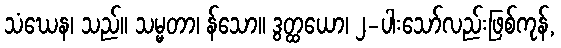
သံဃေန၊ သည်။ သမ္မတာ၊ န်သော။ ဒွတ္ထယော၊ ၂-ပါးသော်လည်းဖြစ်ကုန်,